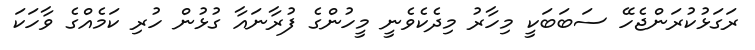
ރަގަޅުކުރަންޖެހޭ ސަބަބަކީ މިހާރު މިދެކެވެނީ މީހުންގެ ފުރާނައާ ގުޅުން ހުރި ކަމެއްގެ ވާހަކަ